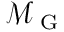
\mathcal { M } _ { \mathrm { ~ G ~ } }